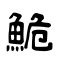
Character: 鮠